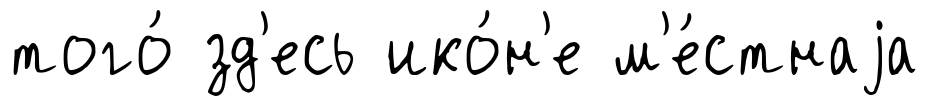
того́ зд'есь ико́н'е м'е́стнаjа